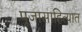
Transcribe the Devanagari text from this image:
पूजासाहित्यात